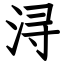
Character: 浔